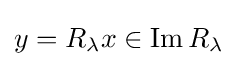
y=R_{\lambda }x\in \operatorname {Im} R_{\lambda }